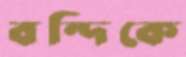
বন্দিকে